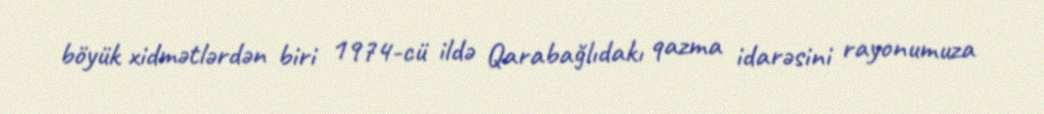
böyük xidmətlərdən biri 1974-cü ildə Qarabağlıdakı qazma idarəsini rayonumuza